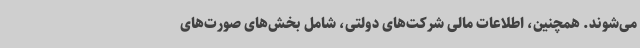
می‌شوند. همچنین، اطلاعات مالی شرکت‌های دولتی، شامل بخش‌های صورت‌های